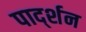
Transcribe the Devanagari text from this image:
पार्द्शन